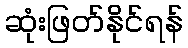
ဆုံးဖြတ်နိုင်ရန်